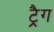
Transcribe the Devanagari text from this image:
ट्रैग